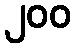
၂၀၀